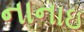
નાનાઇ